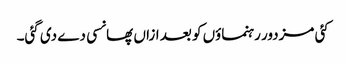
کئی مزدور رہنماؤں کو بعد ازاں پھانسی دے دی گئی۔